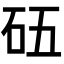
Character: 𥐳